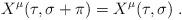
LaTeX: \begin{align*}X^{\mu}(\tau,\sigma+\pi)=X^{\mu}(\tau,\sigma)\;.\end{align*}